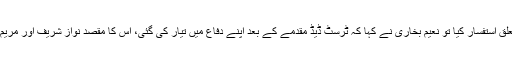
وقفے کے بعد جسٹس اعجاز الحسن نے ٹرسٹ ڈیڈ پر معاونت سے متعلق استفسار کیا تو نعیم بخاری نے کہا کہ ٹرسٹ ڈیڈ مقدمے کے بعد اپنے دفاع میں تیار کی گئی، اس کا مقصد نواز شریف اور مریم کو جائیداد سے الگ کرنا ہے،اس ٹرسٹ ڈیڈ کو ہمیشہ خفیہ رکھا گیا۔